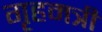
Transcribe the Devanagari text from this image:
गृहमत्री